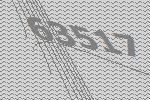
63517